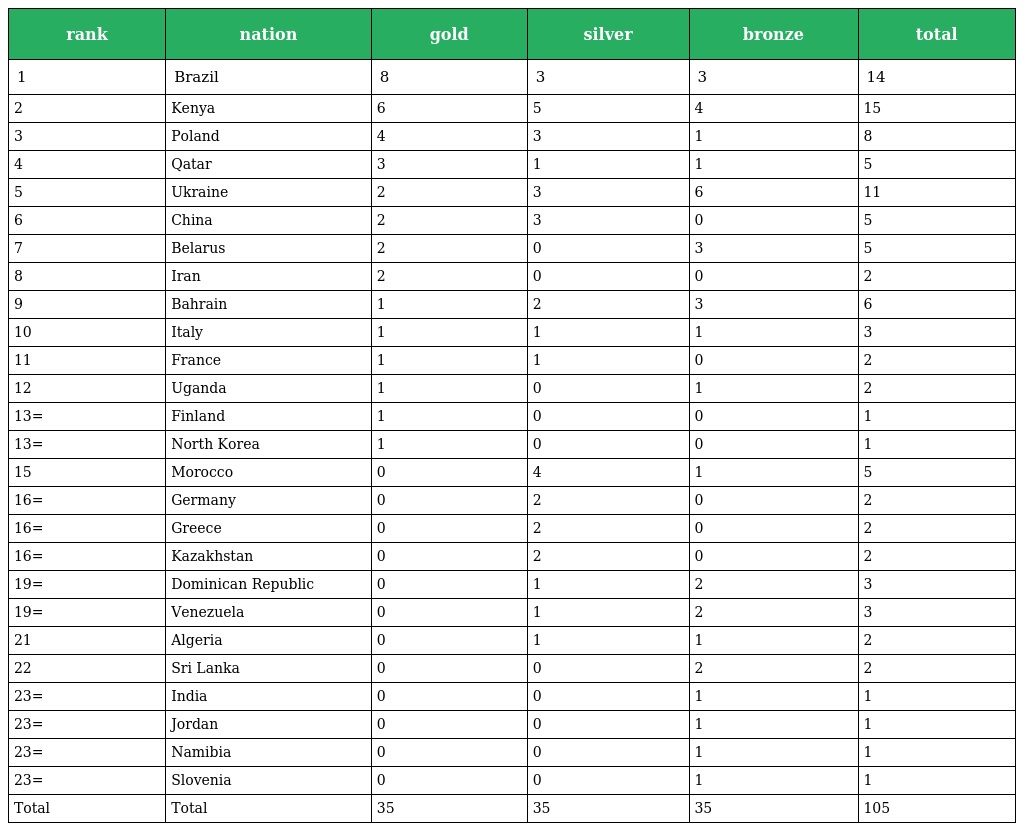
| rank | nation | gold | silver | bronze | total |
 | --- | --- | --- | --- | --- | --- |
 | 1 | Brazil | 8 | 3 | 3 | 14 |
 | 2 | Kenya | 6 | 5 | 4 | 15 |
 | 3 | Poland | 4 | 3 | 1 | 8 |
 | 4 | Qatar | 3 | 1 | 1 | 5 |
 | 5 | Ukraine | 2 | 3 | 6 | 11 |
 | 6 | China | 2 | 3 | 0 | 5 |
 | 7 | Belarus | 2 | 0 | 3 | 5 |
 | 8 | Iran | 2 | 0 | 0 | 2 |
 | 9 | Bahrain | 1 | 2 | 3 | 6 |
 | 10 | Italy | 1 | 1 | 1 | 3 |
 | 11 | France | 1 | 1 | 0 | 2 |
 | 12 | Uganda | 1 | 0 | 1 | 2 |
 | 13= | Finland | 1 | 0 | 0 | 1 |
 | 13= | North Korea | 1 | 0 | 0 | 1 |
 | 15 | Morocco | 0 | 4 | 1 | 5 |
 | 16= | Germany | 0 | 2 | 0 | 2 |
 | 16= | Greece | 0 | 2 | 0 | 2 |
 | 16= | Kazakhstan | 0 | 2 | 0 | 2 |
 | 19= | Dominican Republic | 0 | 1 | 2 | 3 |
 | 19= | Venezuela | 0 | 1 | 2 | 3 |
 | 21 | Algeria | 0 | 1 | 1 | 2 |
 | 22 | Sri Lanka | 0 | 0 | 2 | 2 |
 | 23= | India | 0 | 0 | 1 | 1 |
 | 23= | Jordan | 0 | 0 | 1 | 1 |
 | 23= | Namibia | 0 | 0 | 1 | 1 |
 | 23= | Slovenia | 0 | 0 | 1 | 1 |
 | Total | Total | 35 | 35 | 35 | 105 |